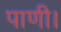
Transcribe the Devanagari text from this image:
पाणी।